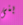
بنى